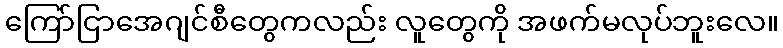
ကြော်ငြာအေဂျင်စီတွေကလည်း လူတွေကို အဖက်မလုပ်ဘူးလေ။